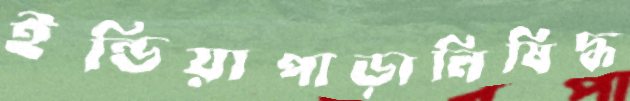
ইন্ডিয়াপাড়ানিষিদ্ধ